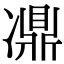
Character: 𠘋